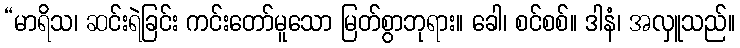
“မာရိသ၊ ဆင်းရဲခြင်း ကင်းတော်မူသော မြတ်စွာဘုရား။ ခေါ၊ စင်စစ်။ ဒါနံ၊ အလှူသည်။